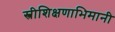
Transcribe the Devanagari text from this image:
स्त्रीशिक्षणाभिमानी